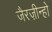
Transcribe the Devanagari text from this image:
जैरज़ीन्हो